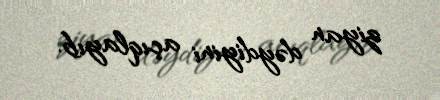
ziyan dəydiyini açıqlayıb.